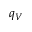
q _ { V }